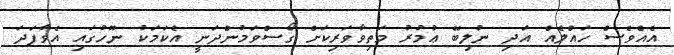
އެއްވެސް ހައްލެއް އަދި ނުލިބޭ ޢުމުރު މަތިވާވަރިކަށް ގޯސްވަމުންދަނީ އެކަމަކު ނޫހުގައި އެވާފަދަ